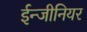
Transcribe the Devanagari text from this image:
ईन्जीनियर